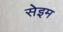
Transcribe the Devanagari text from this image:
सेइम